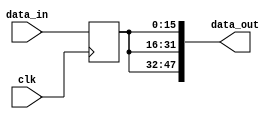
`timescale 1ns / 1ps
//////////////////////////////////////////////////////////////////////////////////
//   Student number: 99210067        
//////////////////////////////////////////////////////////////////////////////////

module Coder(
	input wire [15:0] data_in,
	input wire clk,
	output wire [47:0] data_out
   );

	reg [15:0] data_in_reg;
	
	// Sequential Logic
	always @(posedge clk)
	begin
		data_in_reg <= data_in;
	end
	
	
	assign data_out = {data_in_reg, data_in_reg, data_in_reg};

endmodule